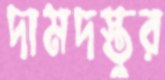
দামদস্তুর